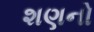
શણનો